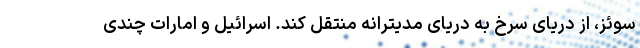
سوئز، از دریای سرخ به دریای مدیترانه منتقل کند. اسرائیل و امارات چندی